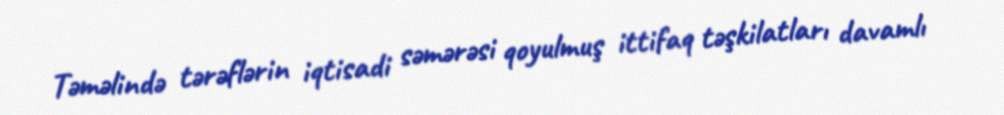
Təməlində tərəflərin iqtisadi səmərəsi qoyulmuş ittifaq təşkilatları davamlı